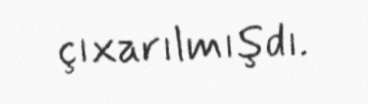
çıxarılmışdı.